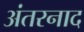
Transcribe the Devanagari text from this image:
अंतरनाद